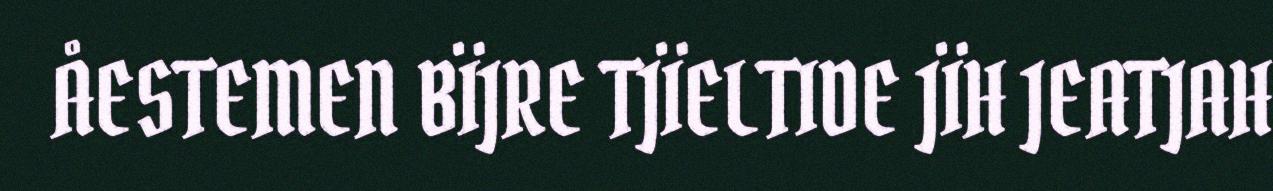
ÅESTEMEN BÏJRE TJÏELTIDE JÏH JEATJAH